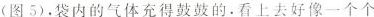
(图5). 袋内的气体充得鼓鼓的。看上去好像一个个